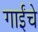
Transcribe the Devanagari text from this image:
गाईंचे